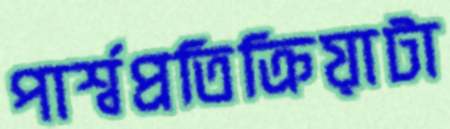
পার্শ্বপ্রতিক্রিয়াটা